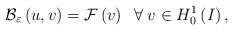
LaTeX: \begin{align*}{\mathcal{B}}_{\varepsilon}\left( u,v\right) ={\mathcal{F}}\left( v\right) \;\;\forall\;v\in H_{0}^{1}\left( I\right), \end{align*}